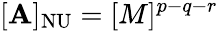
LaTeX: [\mathbf{A}]_{\mathrm{{NU}}}=[M]^{p-q-r}